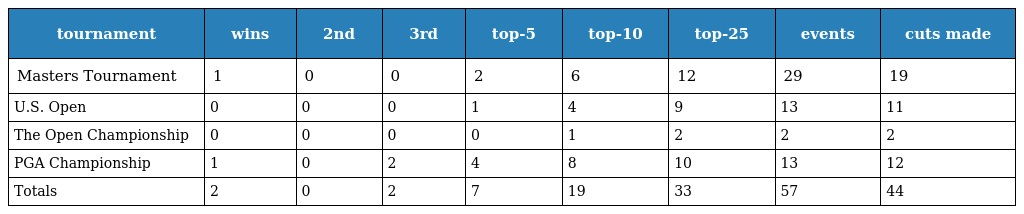
| tournament | wins | 2nd | 3rd | top-5 | top-10 | top-25 | events | cuts made |
 | --- | --- | --- | --- | --- | --- | --- | --- | --- |
 | Masters Tournament | 1 | 0 | 0 | 2 | 6 | 12 | 29 | 19 |
 | U.S. Open | 0 | 0 | 0 | 1 | 4 | 9 | 13 | 11 |
 | The Open Championship | 0 | 0 | 0 | 0 | 1 | 2 | 2 | 2 |
 | PGA Championship | 1 | 0 | 2 | 4 | 8 | 10 | 13 | 12 |
 | Totals | 2 | 0 | 2 | 7 | 19 | 33 | 57 | 44 |